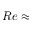
R e \approx